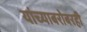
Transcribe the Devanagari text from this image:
यांच्याबरोबरही